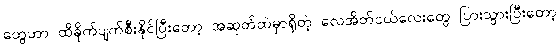
တွေဟာ ထိခိုက်ပျက်စီးနိုင်ပြီးတော့ အဆုတ်ထဲမှာရှိတဲ့ လေအိတ်ငယ်လေးတွေ ပြားသွားပြီးတော့